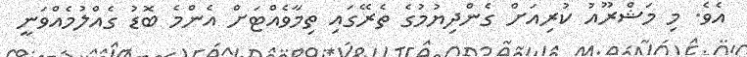
އެވެ. މި މަޝްރޫއު ކުރިއަށް ގެންދިޔުމުގެ ތެރޭގައި ތިމާވެއްޓަށް އެންމެ ބޮޑު ގެއްލުމެއްވަނީ